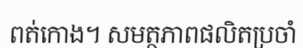
ពត់កោង។ សមត្ថភាពផលិតប្រចាំ